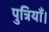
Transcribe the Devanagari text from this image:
पुत्रियाँ।